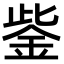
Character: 鈭